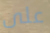
على